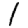
Digit: 1